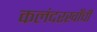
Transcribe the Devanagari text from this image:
कलंदरखाँची